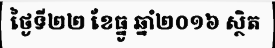
ថ្ងៃទី២២ ខែធ្នូ ឆ្នាំ២០១៦ ស្ថិត